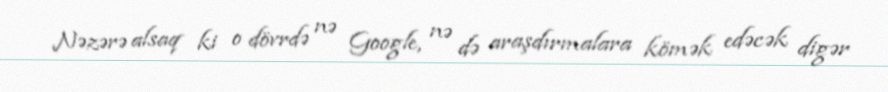
Nəzərə alsaq ki o dövrdə nə Google, nə də araşdırmalara kömək edəcək digər